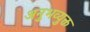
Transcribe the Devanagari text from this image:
अनुभव्युक्त